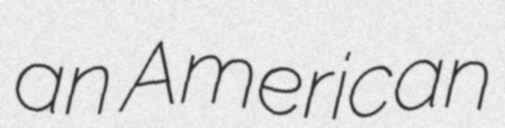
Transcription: an American